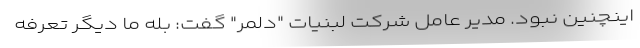
اینچنین نبود. مدیر عامل شرکت لبنیات "دلمر" گفت: بله ما دیگر تعرفه